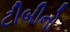
ટીબીનો